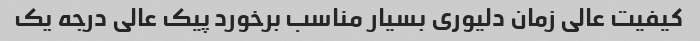
کیفیت عالی زمان دلیوری بسیار مناسب برخورد پیک عالی درجه یک